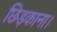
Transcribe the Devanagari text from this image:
छिड़काना।